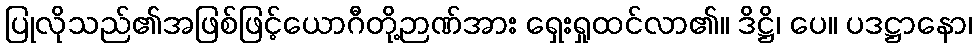
ပြုလိုသည်၏အဖြစ်ဖြင့်ယောဂီတို့ဉာဏ်အား ရှေးရှုထင်လာ၏။ ဒိဋ္ဌိ၊ ပေ။ ပဒဋ္ဌာနော၊